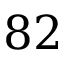
8 2